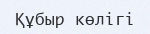
Құбыр көлігі